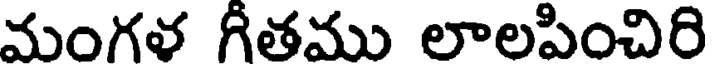
మంగళ గీతము లాలపించిరి